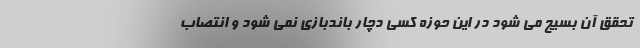
تحقق آن بسیج‌ می شود در این حوزه کسی دچار باندبازی نمی شود و انتصاب